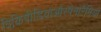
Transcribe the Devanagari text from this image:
विकिपीडियाऔरपैनोरैमियो